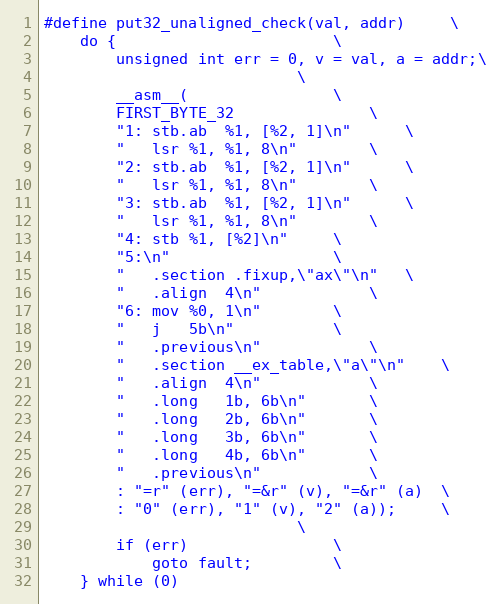
Language: C
#define put32_unaligned_check(val, addr)		\
	do {						\
		unsigned int err = 0, v = val, a = addr;\
							\
		__asm__(				\
		FIRST_BYTE_32				\
		"1:	stb.ab	%1, [%2, 1]\n"		\
		"	lsr %1, %1, 8\n"		\
		"2:	stb.ab	%1, [%2, 1]\n"		\
		"	lsr %1, %1, 8\n"		\
		"3:	stb.ab	%1, [%2, 1]\n"		\
		"	lsr %1, %1, 8\n"		\
		"4:	stb	%1, [%2]\n"		\
		"5:\n"					\
		"	.section .fixup,\"ax\"\n"	\
		"	.align	4\n"			\
		"6:	mov	%0, 1\n"		\
		"	j	5b\n"			\
		"	.previous\n"			\
		"	.section __ex_table,\"a\"\n"	\
		"	.align	4\n"			\
		"	.long	1b, 6b\n"		\
		"	.long	2b, 6b\n"		\
		"	.long	3b, 6b\n"		\
		"	.long	4b, 6b\n"		\
		"	.previous\n"			\
		: "=r" (err), "=&r" (v), "=&r" (a)	\
		: "0" (err), "1" (v), "2" (a));		\
							\
		if (err)				\
			goto fault;			\
	} while (0)